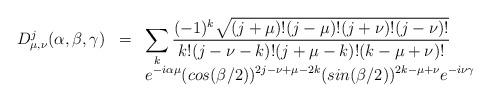
LaTeX: \begin{align*}\begin{array}{rcl}D^{j}_{\mu,\nu}(\alpha,\beta,\gamma)&=&\displaystyle\sum_k\frac{(-1)^k\sqrt{(j+\mu)!(j-\mu)!(j+\nu)!(j-\nu)!}}{k!(j-\nu-k)!(j+\mu-k)!(k-\mu+\nu)!} \\& &\displaystyle e^{-i\alpha\mu}(cos(\beta/2))^{2j-\nu+\mu-2k}(sin(\beta/2))^{2k-\mu+\nu}e^{-i\nu\gamma}\end{array}\end{align*}